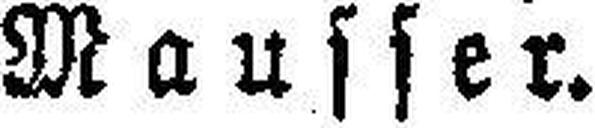
Mausser.